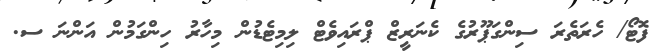
ފޮޓޯ/ ހެރަތެރަ ސިންގަޕޫރުގެ ކެނަރީޒް ޕްރައިވެޓް ލިމިޓެޑުން މިހާރު ހިންގަމުން އަންނަ ސ.